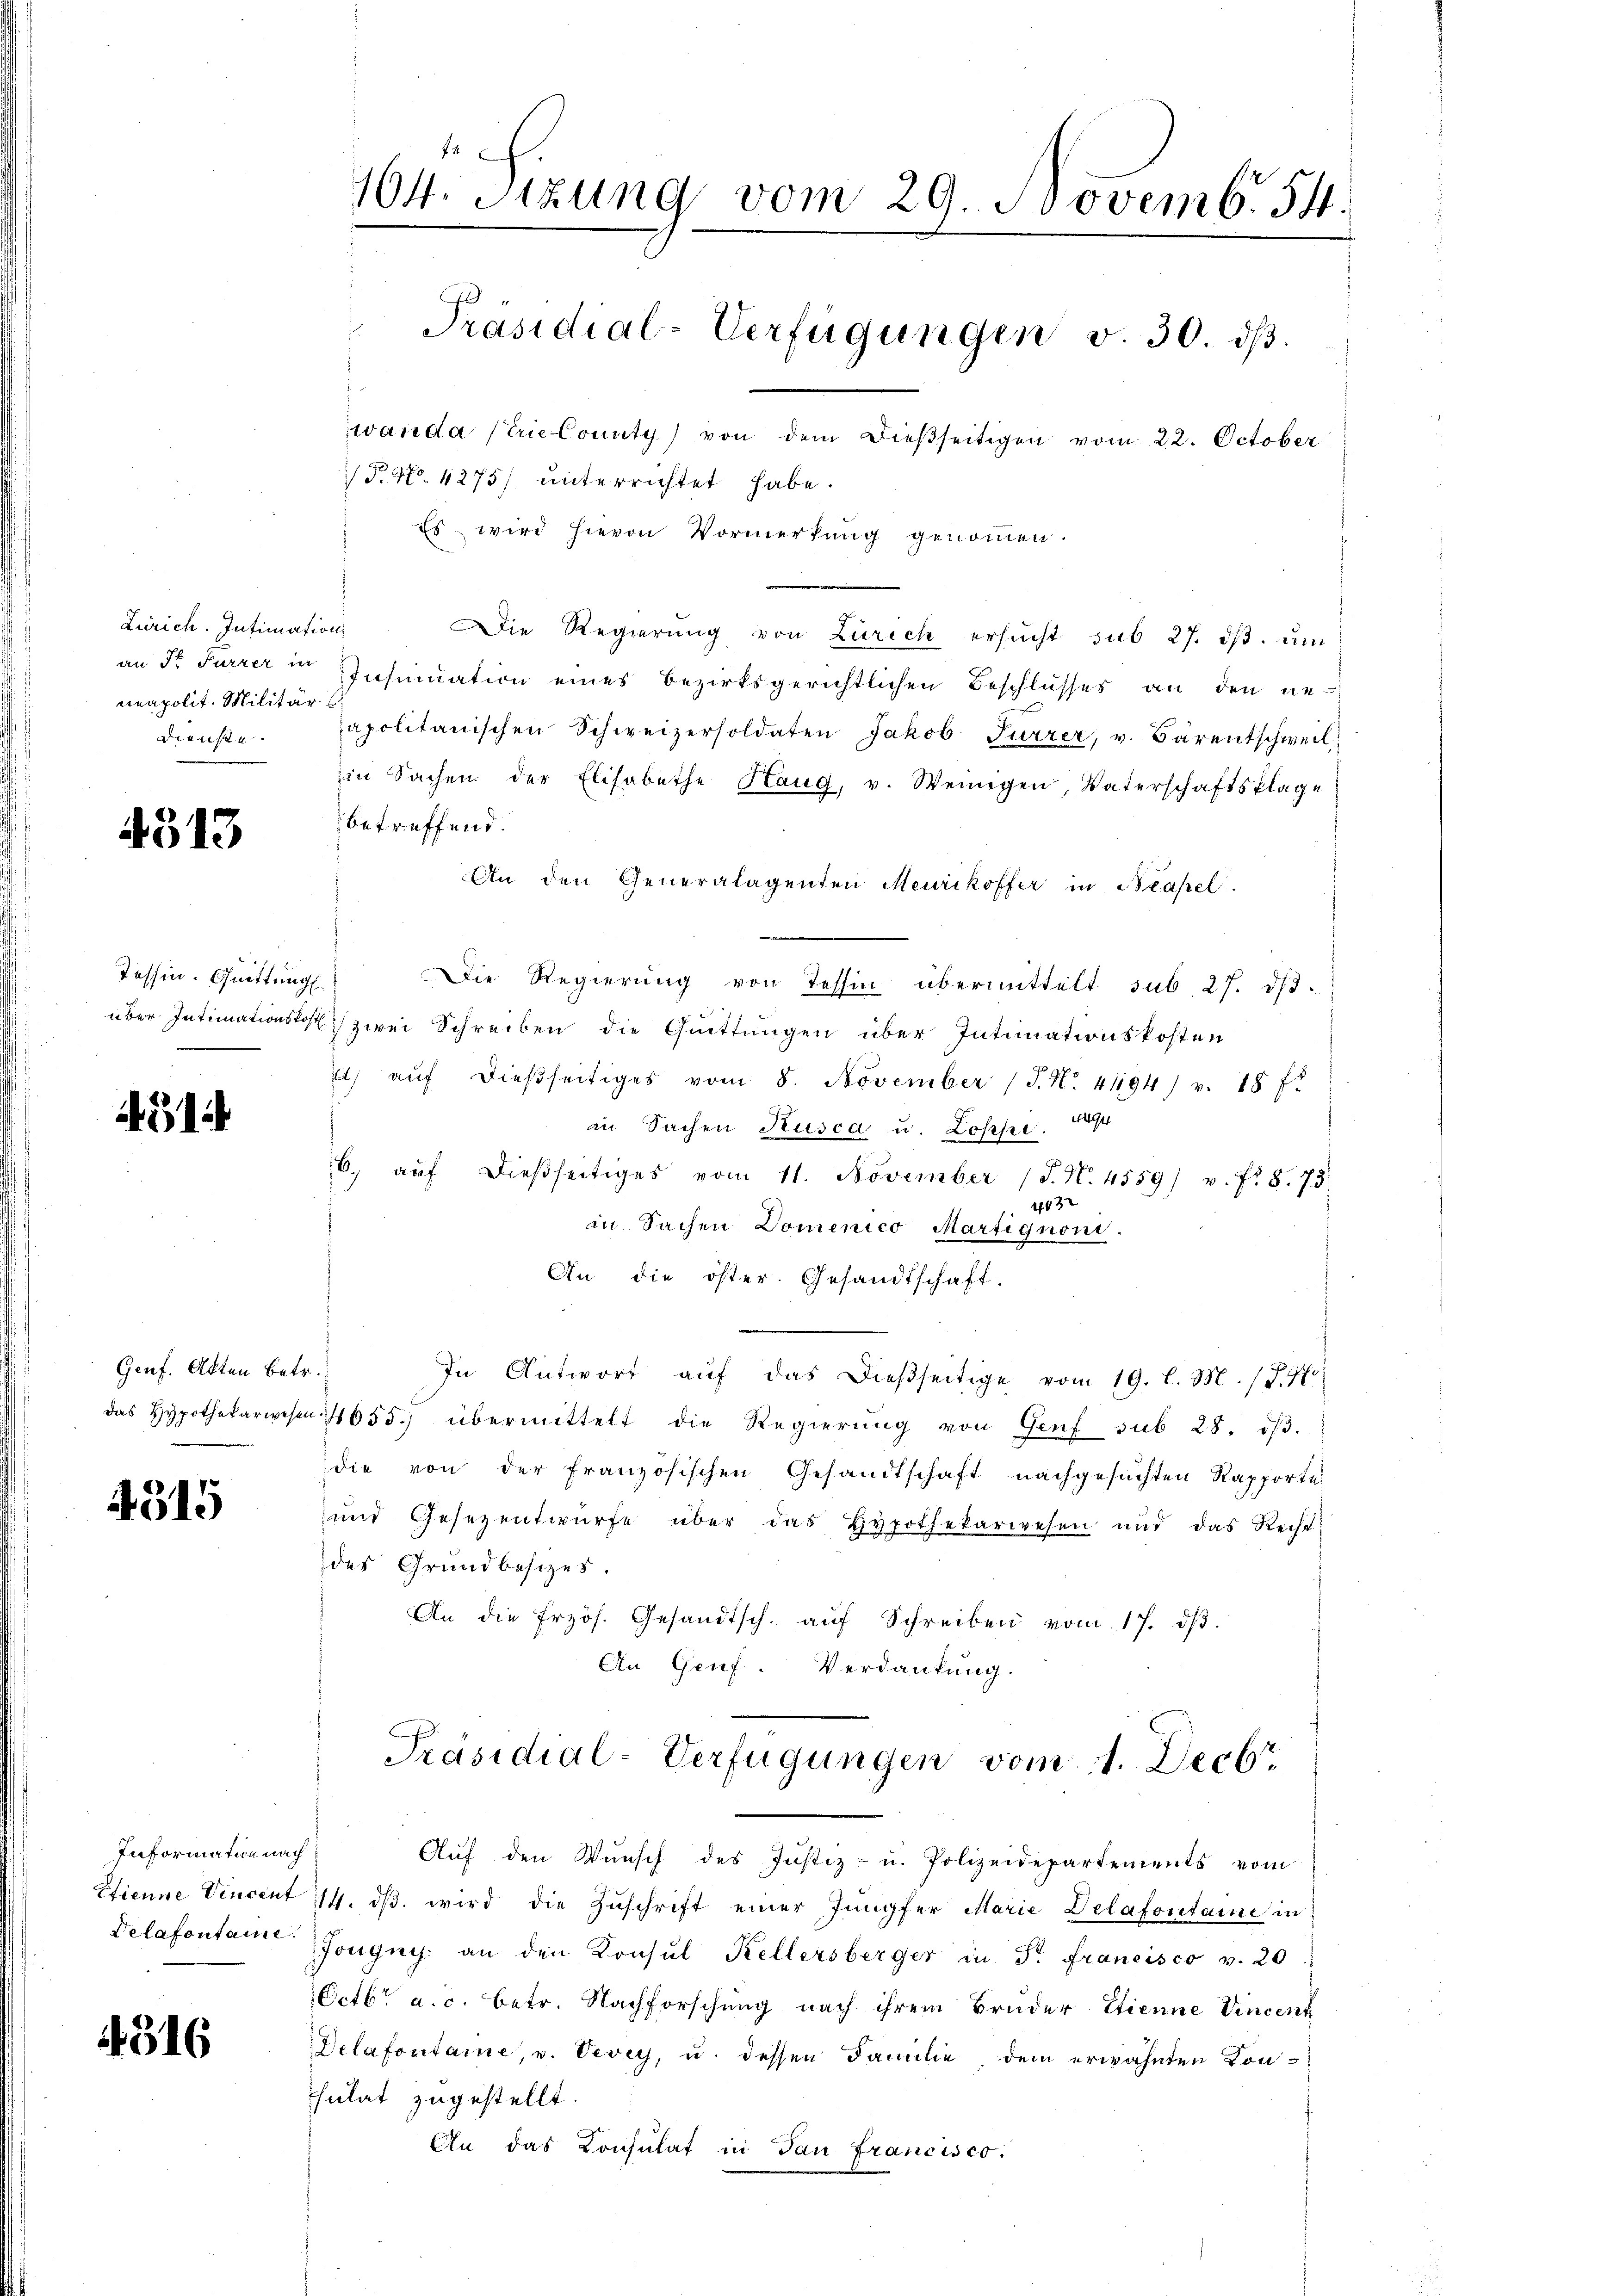
Zürich. Intimation
neapolit. Militär
Dienste.

4513

Tessin. Quittung

4514

Genf. Akten betr.
das Hypothekarwesen

4515

Information nach

4316

104. Sitzung vom 29. Novemb. 54.
Präsidial-Verfügungen v. 30. dβ.
wanda strie County von dem dießseitigen vom 22. October
/ P. No. 4275) unterrichtet habe.
Es wird hievon Vormerkung genommen.

Auf den Wunsch des Justiz- u. Polizeidepartements vom
Etienne Vincent 14. dβ wird die Zŭschrift einer Jungfer Marie Delafontaine in
Delafontaine Jongny. an den Konsul Kellersberger in P. Francisco v. 20
Octbr. a. c. betr. Nachforschung nach ihrem Bruder Etienne Vincent
Delafontaine, u. Vevey, u. dessen Familie, dem erwähnten Con¬
Thulat zugestellt.
An das Consulat in San Francisco.

Die Regierung von Zürich ersucht sub 27. ds. um
an dr Furrer in Insinuation eines Bezirksgerichtlichen Beschlusses an den ne
apolitanischen Schweizersoldaten Jakob Furrer, v. Bärentschweil
zin Sachen der Elisabethe Haug, v. Wenigen, Vaterschaftsklage
betreffend.
An den Generalagenten Meurikoffer in Basel.
Die Regierung von Tessin übermittelt sub. 27. ds.
uf
über Intimationskost zwei Schreiben die Quittungen über Intimationskosten
t aŭf dießseitiges vom 8. November (T. N. 4494) v. 18 f:
in Sachen Kusca u. Losse 1894
6. aŭf dieβseitiges vom 11. November (T. N. 4559) v. fr. 8. 73
4482
in Sachen Domenico Martignoni.
An die öster. Gesandtschaft.
In Antwort aŭf das dießseitige vom 19. l. M. (S. 4
4655. übermittelt die Regierŭng von Genf sub 28. dβ.
die von der französischen Gesandtschaft nachgesuchten Rapporte
und Gesezentwürfe über das Hypothekarwesen und das Recht
des Grundbesitzes.
An die frzös. Gesandtsch. aŭf Schreiben vom 17. dβ.
An Genf. Verdankung.
Präsidial-Verfügungen vom 1. Decbr